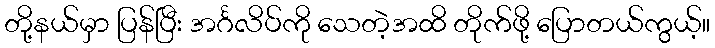
တို့နယ်မှာ ပြန်ပြီး အင်္ဂလိပ်ကို သေတဲ့အထိ တိုက်ဖို့ ပြောတယ်ကွယ့်။